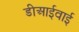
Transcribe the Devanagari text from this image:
डीआईवाई